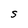
Character: S